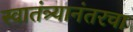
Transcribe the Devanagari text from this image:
स्वातंत्र्यानंतरचा